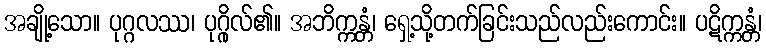
အချို့သော။ ပုဂ္ဂလဿ၊ ပုဂ္ဂိုလ်၏။ အဘိက္ကန္တံ၊ ရှေ့သို့တက်ခြင်းသည်လည်းကောင်း။ ပဋိက္ကန္တံ၊